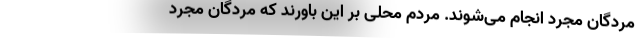
مردگان مجرد انجام می‌شوند. مردم محلی بر این باورند که مردگان مجرد